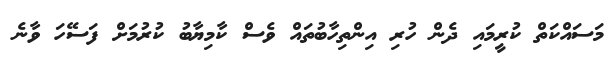
މަސައްކަތް ކުރީމައި ދެން ހުރި އިންތިހާބުތައް ވެސް ކާމިޔާބު ކުރުމަށް ފަސޭހަ ވާނެ